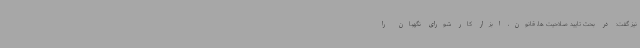
نیز گفت: در بحث تایید صلاحیت ها، قانون، ابزار کار شورای نگهبان را